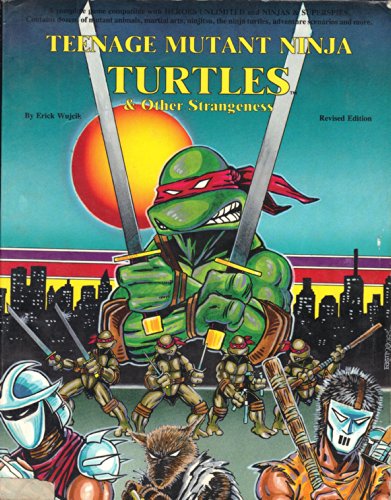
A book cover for Teenage Mutant Ninja Turtles and Other Strangeness; Erick Wujcik; Children's Books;